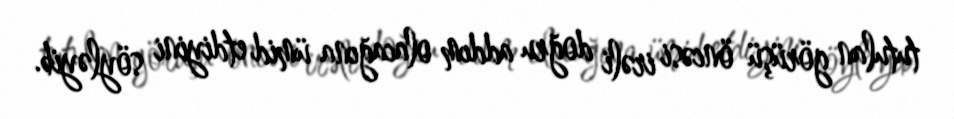
tutulan görüşü öncəsi irəli doğru addım olacağına ümid etdiyini söyləyib.